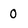
Character: 0